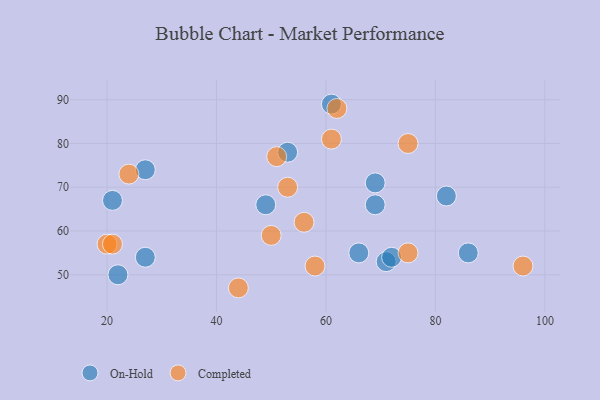
{"axis": {"x": "GDP", "y": "Life Expectancy"}, "legend": ["Completed", "On-Hold"], "data": [{"x": "22", "y": 50, "type": "On-Hold"}, {"x": "21", "y": 67, "type": "On-Hold"}, {"x": "27", "y": 74, "type": "On-Hold"}, {"x": "53", "y": 78, "type": "On-Hold"}, {"x": "71", "y": 53, "type": "On-Hold"}, {"x": "72", "y": 54, "type": "On-Hold"}, {"x": "69", "y": 66, "type": "On-Hold"}, {"x": "49", "y": 66, "type": "On-Hold"}, {"x": "82", "y": 68, "type": "On-Hold"}, {"x": "86", "y": 55, "type": "On-Hold"}, {"x": "61", "y": 89, "type": "On-Hold"}, {"x": "69", "y": 71, "type": "On-Hold"}, {"x": "27", "y": 54, "type": "On-Hold"}, {"x": "66", "y": 55, "type": "On-Hold"}, {"x": "20", "y": 57, "type": "Completed"}, {"x": "51", "y": 77, "type": "Completed"}, {"x": "75", "y": 55, "type": "Completed"}, {"x": "61", "y": 81, "type": "Completed"}, {"x": "53", "y": 70, "type": "Completed"}, {"x": "96", "y": 52, "type": "Completed"}, {"x": "58", "y": 52, "type": "Completed"}, {"x": "24", "y": 73, "type": "Completed"}, {"x": "75", "y": 80, "type": "Completed"}, {"x": "62", "y": 88, "type": "Completed"}, {"x": "56", "y": 62, "type": "Completed"}, {"x": "50", "y": 59, "type": "Completed"}, {"x": "21", "y": 57, "type": "Completed"}, {"x": "44", "y": 47, "type": "Completed"}]}